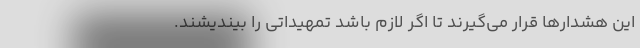
این هشدارها قرار می‌گیرند تا اگر لازم باشد تمهیداتی را بیندیشند.